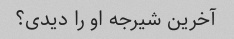
آخرین شیرجه او را دیدی؟